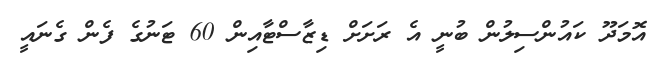
އޮމަދޫ ކައުންސިލުން ބުނީ އެ ރަށަށް ޑިޒާސްޓާއިން 60 ޓަނުގެ ފެން ގެނައީ